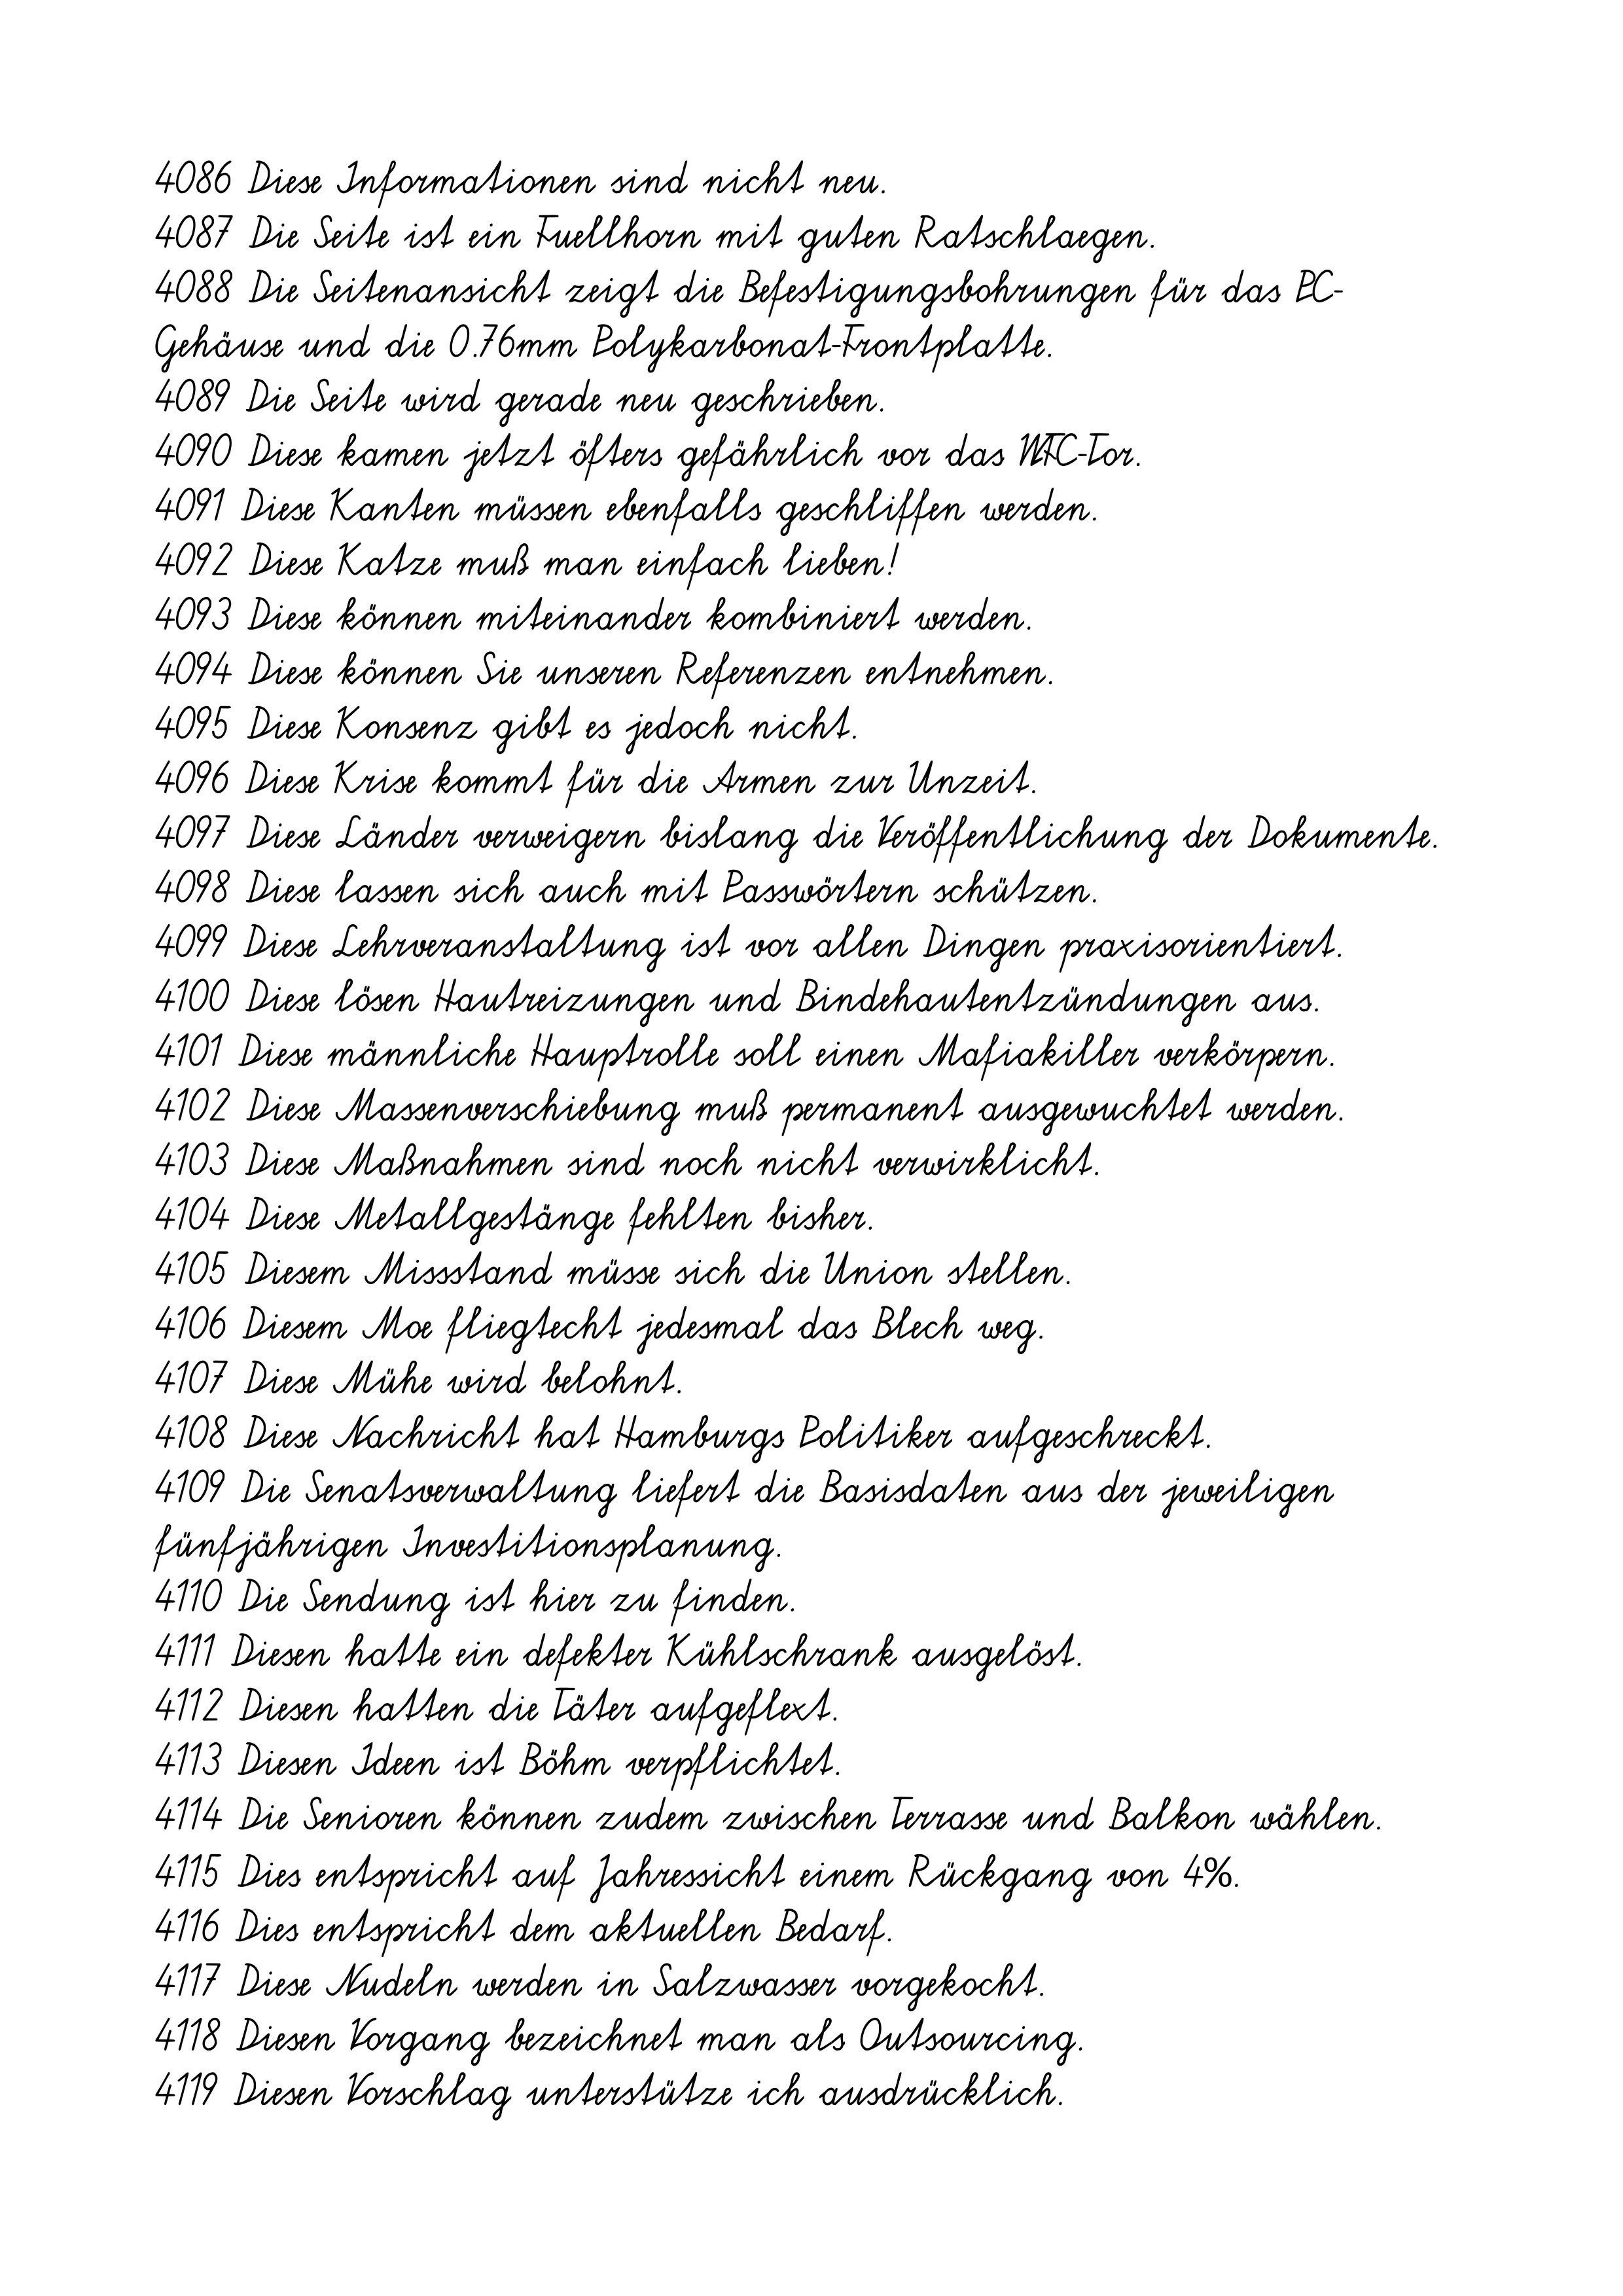
4086 Diese Informationen sind nicht neu.
4087 Die Seite ist ein Fuellhorn mit guten Ratschlaegen.
4088 Die Seitenansicht zeigt die Befestigungsbohrungen für das PC-
Gehäuse und die 0.76mm Polykarbonat-Frontplatte.
4089 Die Seite wird gerade neu geschrieben.
4090 Diese kamen jetzt öfters gefährlich vor das WFC-Tor.
4091 Diese Kanten müssen ebenfalls geschliffen werden.
4092 Diese Katze muß man einfach lieben!
4093 Diese können miteinander kombiniert werden.
4094 Diese können Sie unseren Referenzen entnehmen.
4095 Diese Konsenz gibt es jedoch nicht.
4096 Diese Krise kommt für die Armen zur Unzeit.
4097 Diese Länder verweigern bislang die Veröffentlichung der Dokumente.
4098 Diese lassen sich auch mit Passwörtern schützen.
4099 Diese Lehrveranstaltung ist vor allen Dingen praxisorientiert.
4100 Diese lösen Hautreizungen und Bindehautentzündungen aus.
4101 Diese männliche Hauptrolle soll einen Mafiakiller verkörpern.
4102 Diese Massenverschiebung muß permanent ausgewuchtet werden.
4103 Diese Maßnahmen sind noch nicht verwirklicht.
4104 Diese Metallgestänge fehlten bisher.
4105 Diesem Missstand müsse sich die Union stellen.
4106 Diesem Moe fliegtecht jedesmal das Blech weg.
4107 Diese Mühe wird belohnt.
4108 Diese Nachricht hat Hamburgs Politiker aufgeschreckt.
4109 Die Senatsverwaltung liefert die Basisdaten aus der jeweiligen
fünfjährigen Investitionsplanung.
4110 Die Sendung ist hier zu finden.
4111 Diesen hatte ein defekter Kühlschrank ausgelöst.
4112 Diesen hatten die Täter aufgeflext.
4113 Diesen Ideen ist Böhm verpflichtet.
4114 Die Senioren können zudem zwischen Terrasse und Balkon wählen.
4115 Dies entspricht auf Jahressicht einem Rückgang von 4%.
4116 Dies entspricht dem aktuellen Bedarf.
4117 Diese Nudeln werden in Salzwasser vorgekocht.
4118 Diesen Vorgang bezeichnet man als Outsourcing.
4119 Diesen Vorschlag unterstütze ich ausdrücklich.